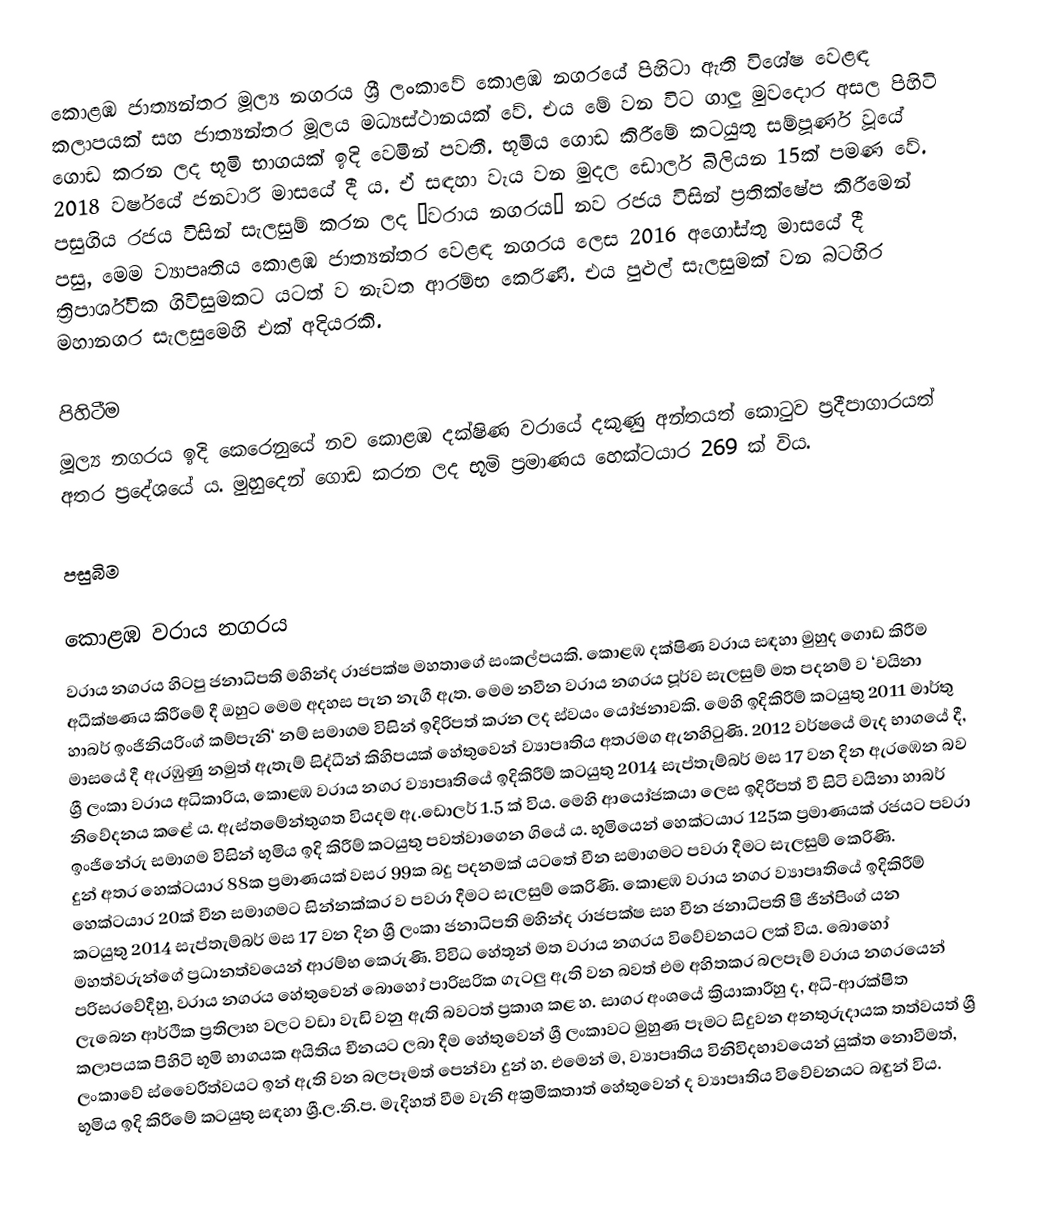
කොළඹ ජාත්‍යන්තර මූල්‍ය නගරය ශ්‍රී ලංකාවේ කොළඹ නගරයේ පිහිටා ඇති විශේෂ වෙළඳ කලාපයක් සහ ජාත්‍යන්තර මූලය මධ්‍යස්ථානයක් වේ. එය මේ වන විට ගාලු මුවදොර අසල පිහිටි ගොඩ කරන ලද භූමි භාගයක් ඉදි වෙමින් පවතී. භූමිය ගොඩ කිරීමේ කටයුතු සම්පූර්ණ වූයේ 2018 වර්ෂයේ ජනවාරි මාසයේ දී ය. ඒ සඳහා වැය වන මුදල ඩොලර් බිලියන 15ක් පමණ වේ. පසුගිය රජය විසින් සැලසුම් කරන ලද ‘වරාය නගරය‘ නව රජය විසින් ප්‍රතික්ෂේප කිරීමෙන් පසු, මෙම ව්‍යාපෘතිය කොළඹ ජාත්‍යන්තර වෙළඳ නගරය ලෙස 2016 අගෝස්තු මාසයේ දී ත්‍රිපාර්ශ්වික ගිවිසුමකට යටත් ව නැවත ආරම්භ කෙරිණි. එය පුළුල් සැලසුමක් වන බටහිර මහානගර සැලසුමෙහි එක් අදියරකි.

පිහිටීම
මූල්‍ය නගරය ඉදි කෙරෙනුයේ නව කොළඹ දක්ෂිණ වරායේ දකුණු අන්තයත් කොටුව ප්‍රදීපාගාරයත් අතර ප්‍රදේශයේ ය. මුහුදෙන් ගොඩ කරන ලද භූමි ප්‍රමාණය හෙක්ටයාර 269 ක් විය.

පසුබිම

කොළඹ වරාය නගරය
වරාය නගරය හිටපු ජනාධිපති මහින්ද රාජපක්ෂ මහතාගේ සංකල්පයකි. කොළඹ දක්ෂිණ වරාය සඳහා මුහුද ගොඩ කිරීම අධීක්ෂණය කිරීමේ දී ඔහුට මෙම අදහස පැන නැගී ඇත. මෙම නවීන වරාය නගරය පූර්ව සැලසුම් මත පදනම් ව ‘චයිනා හාබර් ඉංජිනියරිංග් කම්පැනි‘ නම් සමාගම විසින් ඉදිරිපත් කරන ලද ස්වයං යෝජනාවකි. මෙහි ඉදිකිරීම් කටයුතු 2011 මාර්තු මාසයේ දී ඇරඹුණු නමුත් ඇතැම් සිද්ධීන් කිහිපයක් හේතුවෙන් ව්‍යාපෘතිය අතරමග ඇනහිටුණි. 2012 වර්ෂයේ මැද භාගයේ දී, ශ්‍රී ලංකා වරාය අධිකාරිය, කොළඹ වරාය නගර ව්‍යාපෘතියේ ඉදිකිරීම් කටයුතු 2014 සැප්තැම්බර් මස 17 වන දින ඇරඹෙන බව නිවේදනය කළේ ය. ඇස්තමේන්තුගත වියදම ඇ.ඩොලර් 1.5 ක් විය. මෙහි ආයෝජකයා ලෙස ඉදිරිපත් වී සිටි චයිනා හාබර් ඉංජිනේරු සමාගම විසින් භූමිය ඉදි කිරීම් කටයුතු පවත්වාගෙන ගියේ ය. භූමියෙන් හෙක්ටයාර 125ක ප්‍රමාණයක් රජයට පවරා දුන් අතර හෙක්ටයාර 88ක ප්‍රමාණයක් වසර 99ක බදු පදනමක් යටතේ චීන සමාගමට පවරා දීමට සැලසුම් කෙරිණි. හෙක්ටයාර 20ක් චීන සමාගමට සින්නක්කර ව පවරා දීමට සැලසුම් කෙරිණි. කොළඹ වරාය නගර ව්‍යාපෘතියේ ඉදිකිරීම් කටයුතු 2014 සැප්තැම්බර් මස 17 වන දින ශ්‍රී ලංකා ජනාධිපති මහින්ද රාජපක්ෂ සහ චීන ජනාධිපති ෂී ජින්පිංග්  යන මහත්වරුන්ගේ ප්‍රධානත්වයෙන් ආරම්භ කෙරුණි. විවිධ හේතූන් මත වරාය නගරය විවේචනයට ලක් විය. බොහෝ පරිසරවේදීහු, වරාය නගරය හේතුවෙන් බොහෝ පාරිසරික ගැටලු ඇති වන බවත් එම අහිතකර බලපෑම් වරාය නගරයෙන් ලැබෙන ආර්ථික ප්‍රතිලාභ වලට වඩා වැඩි වනු ඇති බවටත් ප්‍රකාශ කළ හ. සාගර අංශයේ ක්‍රියාකාරීහු ද, අධි-ආරක්ෂිත කලාපයක පිහිටි භූමි භාගයක අයිතිය චීනයට ලබා දීම හේතුවෙන් ශ්‍රී ලංකාවට මුහුණ පෑමට සිදුවන අනතුරුදායක තත්වයත් ශ්‍රී ලංකාවේ ස්වෛරීත්වයට ඉන් ඇති වන බලපෑමත් පෙන්වා දුන් හ. එමෙන් ම, ව්‍යාපෘතිය විනිවිදභාවයෙන් යුක්ත නොවීමත්, භූමිය ඉදි කිරීමේ කටයුතු සඳහා ශ්‍රී.ල.නි.ප. මැදිහත් වීම වැනි අක්‍රමිකතාත් හේතුවෙන් ද ව්‍යාපෘතිය විවේචනයට බඳුන් විය.